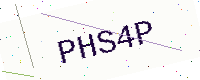
Text: PHS4P